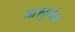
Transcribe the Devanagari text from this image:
था।पूर्णतः